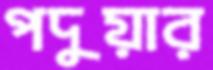
পদুয়ার